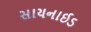
સાયનાઈડ